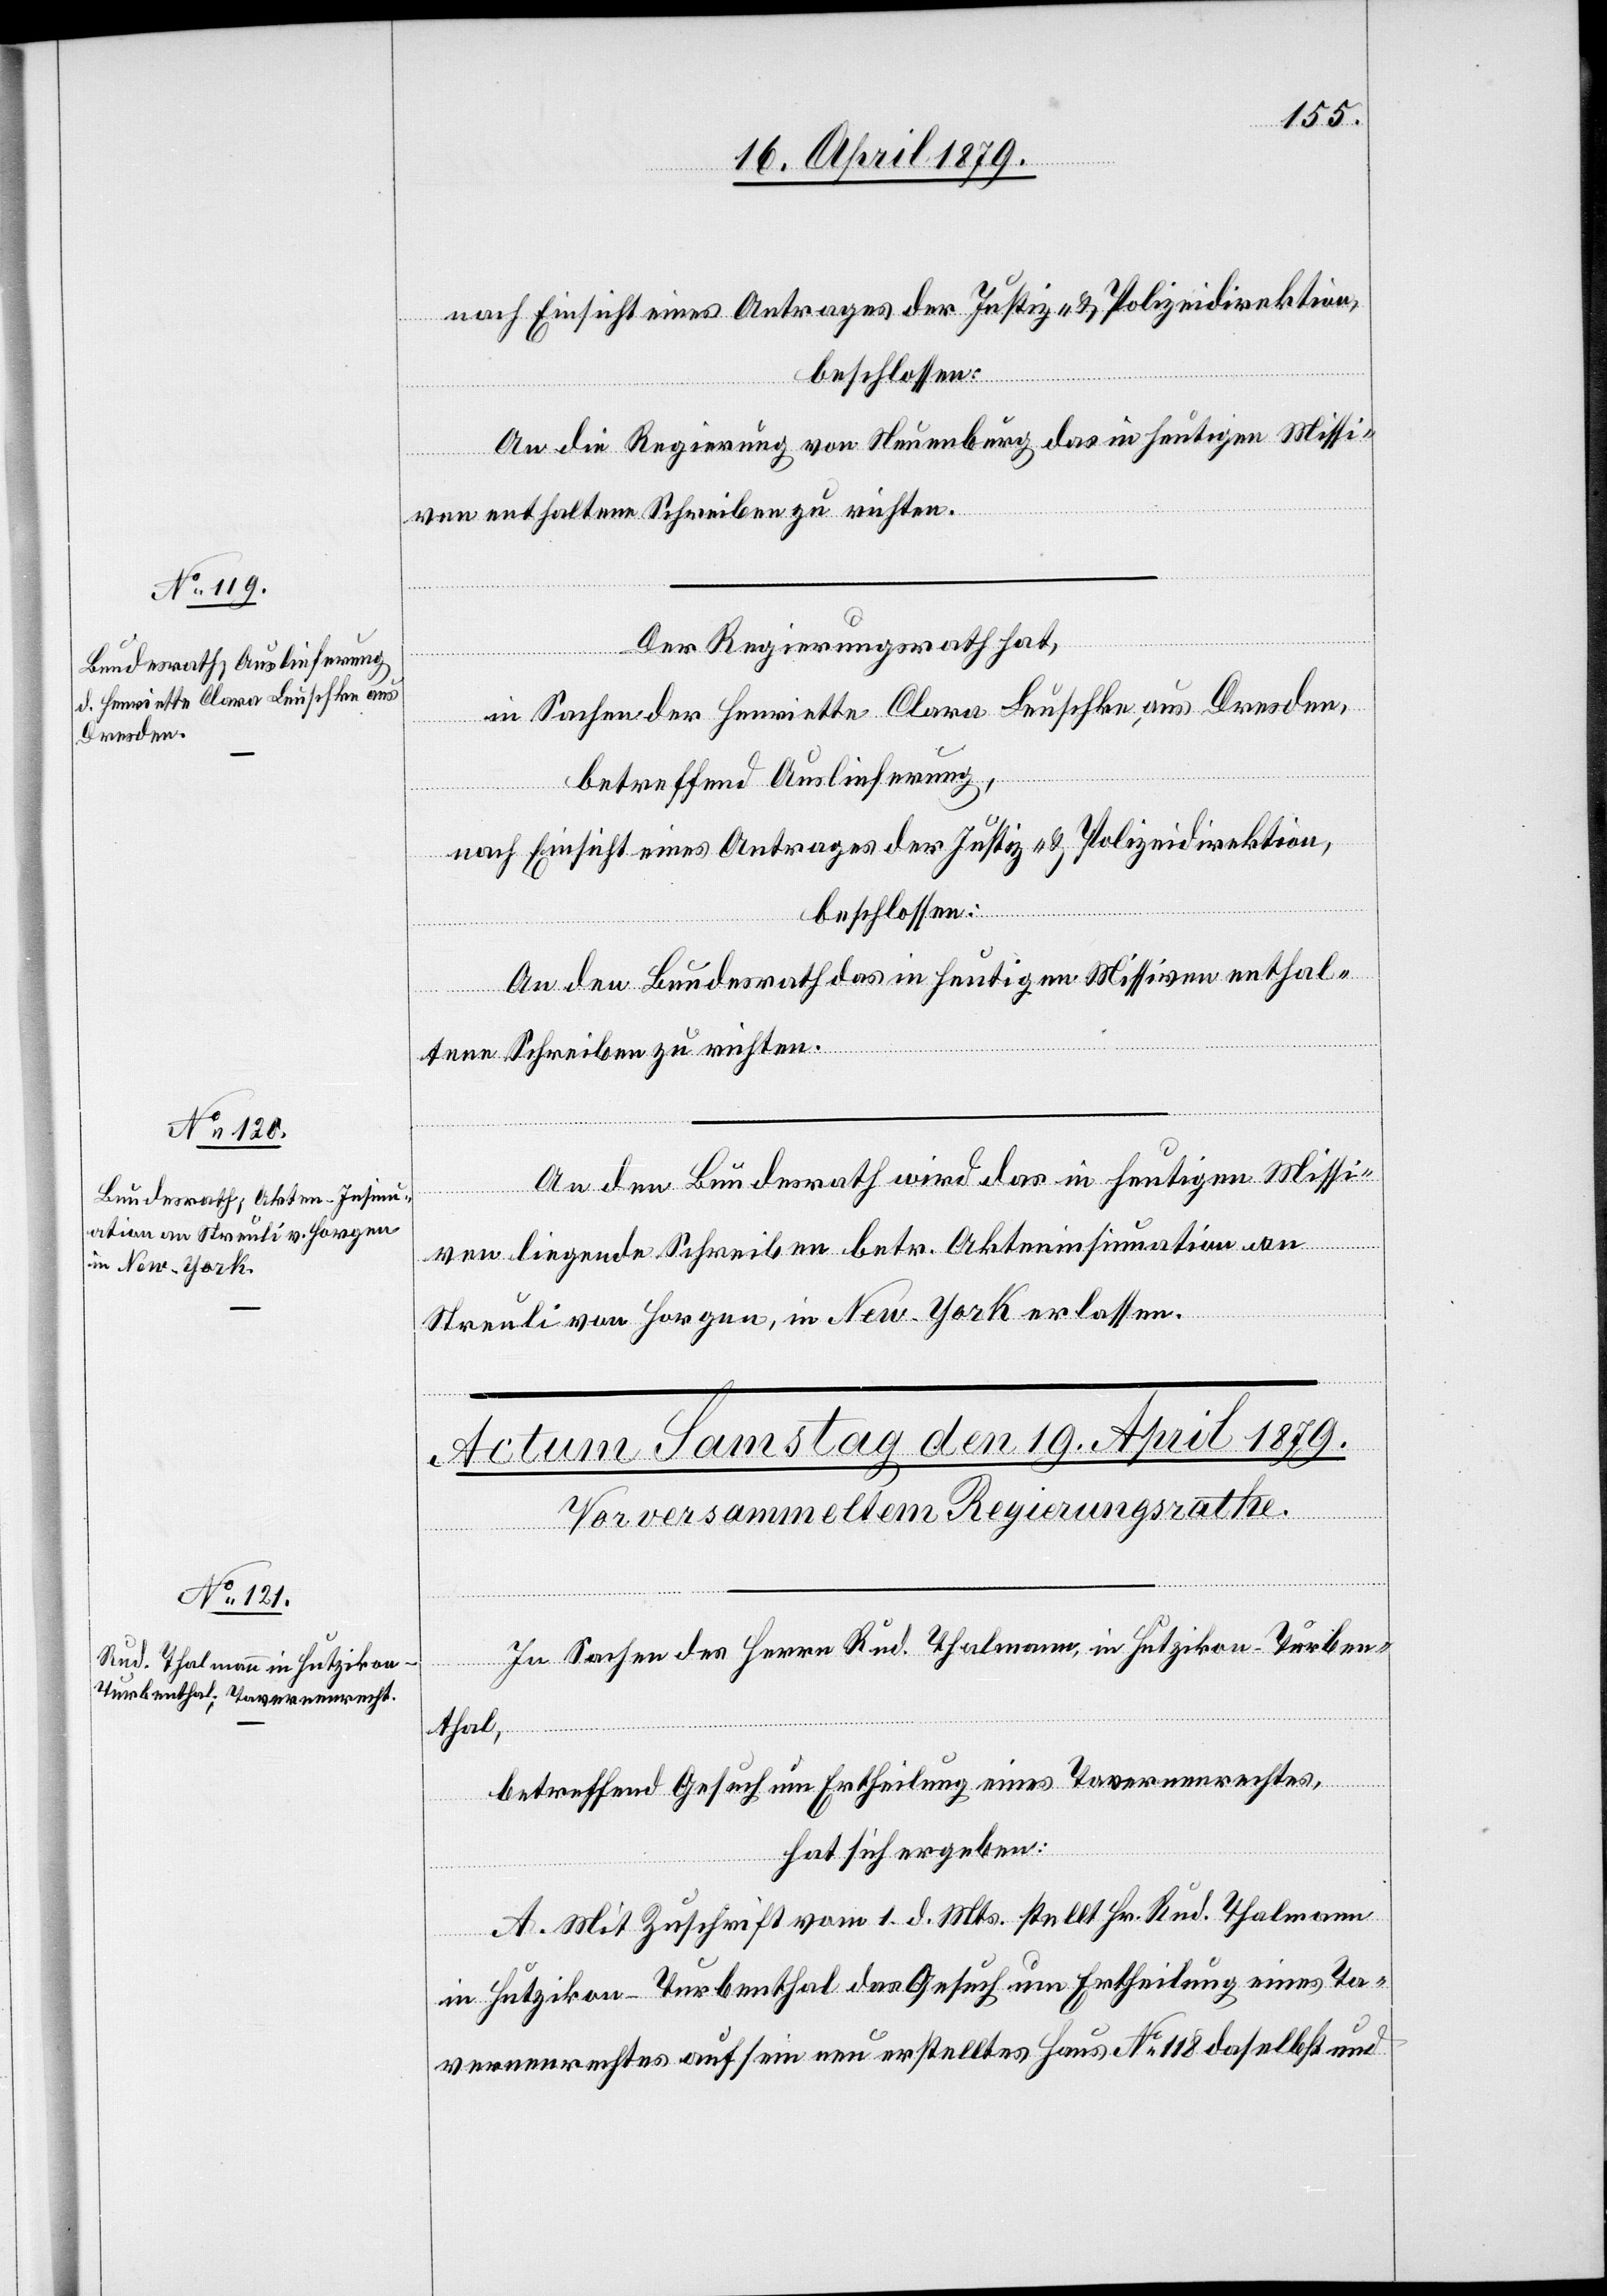
17. April 1879.]
nach Einsicht eines Antrages der Justiz- & Polizeidirektion,
beschlossen:
An die Regierung von Neuenburg das in heutigen Missi¬
ven enthaltene Schreiben zu richten.
Der Regierungsrath hat,
in Sachen der Henriette Clara Leuschke, aus Dresden,
betreffend Auslieferung,
nach Einsicht eines Antrages der Justiz- & Polizeidirektion,
beschlossen:
An den Bundesrath das in heutigen Missiven enthal¬
tene Schreiben zu richten.
An den Bundesrath wird das in heutigen Missi¬
ven liegende Schreiben betr. Akteninsinuation an
Streuli von Horgen, in New-York erlassen.
In Sachen des Herrn Rud. Thalmann, in Hutzikon - Turben¬
thal,
betreffend Gesuch um Ertheilung eines Tavernenrechtes,
hat sich ergeben:
A. Mit Zuschrift vom 1. d. Mts. stellt Hr. Rud. Thalmann
in Hutzikon - Turbenthal das Gesuch um Ertheilung eines Ta¬
vernenrechtes auf sein neu erstelltes Haus No 118 daselbst und